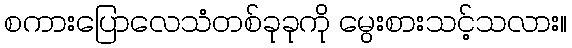
စကားပြောလေသံတစ်ခုခုကို မွေးစားသင့်သလား။